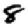
Digit: 8